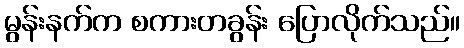
မွန်းနက်က စကားတခွန်း ပြောလိုက်သည်။